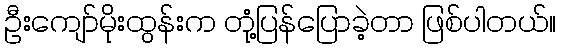
ဦးကျော်မိုးထွန်းက တုံ့ပြန်ပြောခဲ့တာ ဖြစ်ပါတယ်။